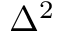
\Delta ^ { 2 }